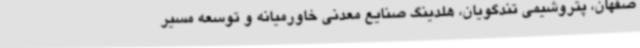
صفهان، پتروشیمی تندگویان، هلدینگ صنایع معدنی خاورمیانه و توسعه مسیر